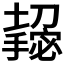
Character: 𫾌